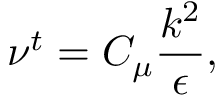
\nu ^ { t } = C _ { \mu } \frac { k ^ { 2 } } { \epsilon } ,